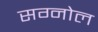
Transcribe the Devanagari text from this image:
सग्नोल